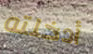
أدخلته